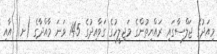
މިއަދުގެ ޖަލްސާގައި ރައްޔިތުންގެ މަޖިލީހުގެ ގަވާއިދުގެ 145 ވަނަ މާއްދާގެ (ށ) އާއި